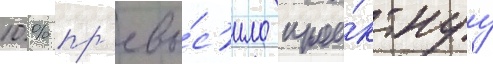
10 % пр'евы́с'ило прое́ктнуу